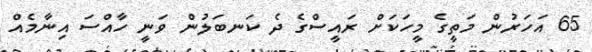
65 އަހަރުން މަތީގެ މީހަކަށް ރައީސްގެ ދެ ކަނބަލުން ވަނީ ހާއްސަ އިނާމެއް